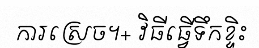
ការស្រេច។+ វិធីធ្វើទឹកខ្ទិះ